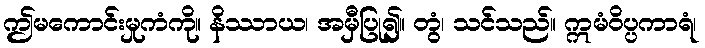
ဤမကောင်းမှုကံကို။ နိဿာယ၊ အမှီပြု၍။ တွံ၊ သင်သည်။ ဣမံဝိပ္ပကာရံ၊